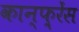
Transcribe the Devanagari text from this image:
कान्‍फ़्रेंस